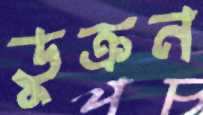
ডুক্‌রন